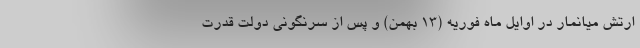
ارتش میانمار در اوایل ماه فوریه (13 بهمن) و پس از سرنگونی دولت قدرت